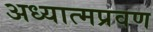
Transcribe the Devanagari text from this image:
अध्यात्मप्रवण